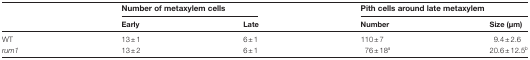
<table><thead><tr><td></td><td colspan="2"><b>Number of metaxylem cells</b></td><td colspan="2"><b>Pith cells around late metaxylem</b></td></tr><tr><td></td><td><b>Early</b></td><td><b>Late</b></td><td><b>Number</b></td><td><b>Size (μm)</b></td></tr></thead><tbody><tr><td>WT</td><td>13±1</td><td>6±1</td><td>110±7</td><td>9.4±2.6</td></tr><tr><td><i>rum1</i></td><td>13±2</td><td>6±1</td><td>76±18<sup><i>a</i></sup></td><td>20.6±12.5<sup><i>b</i></sup></td></tr></tbody></table>